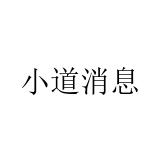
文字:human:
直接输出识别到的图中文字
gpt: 小道消息